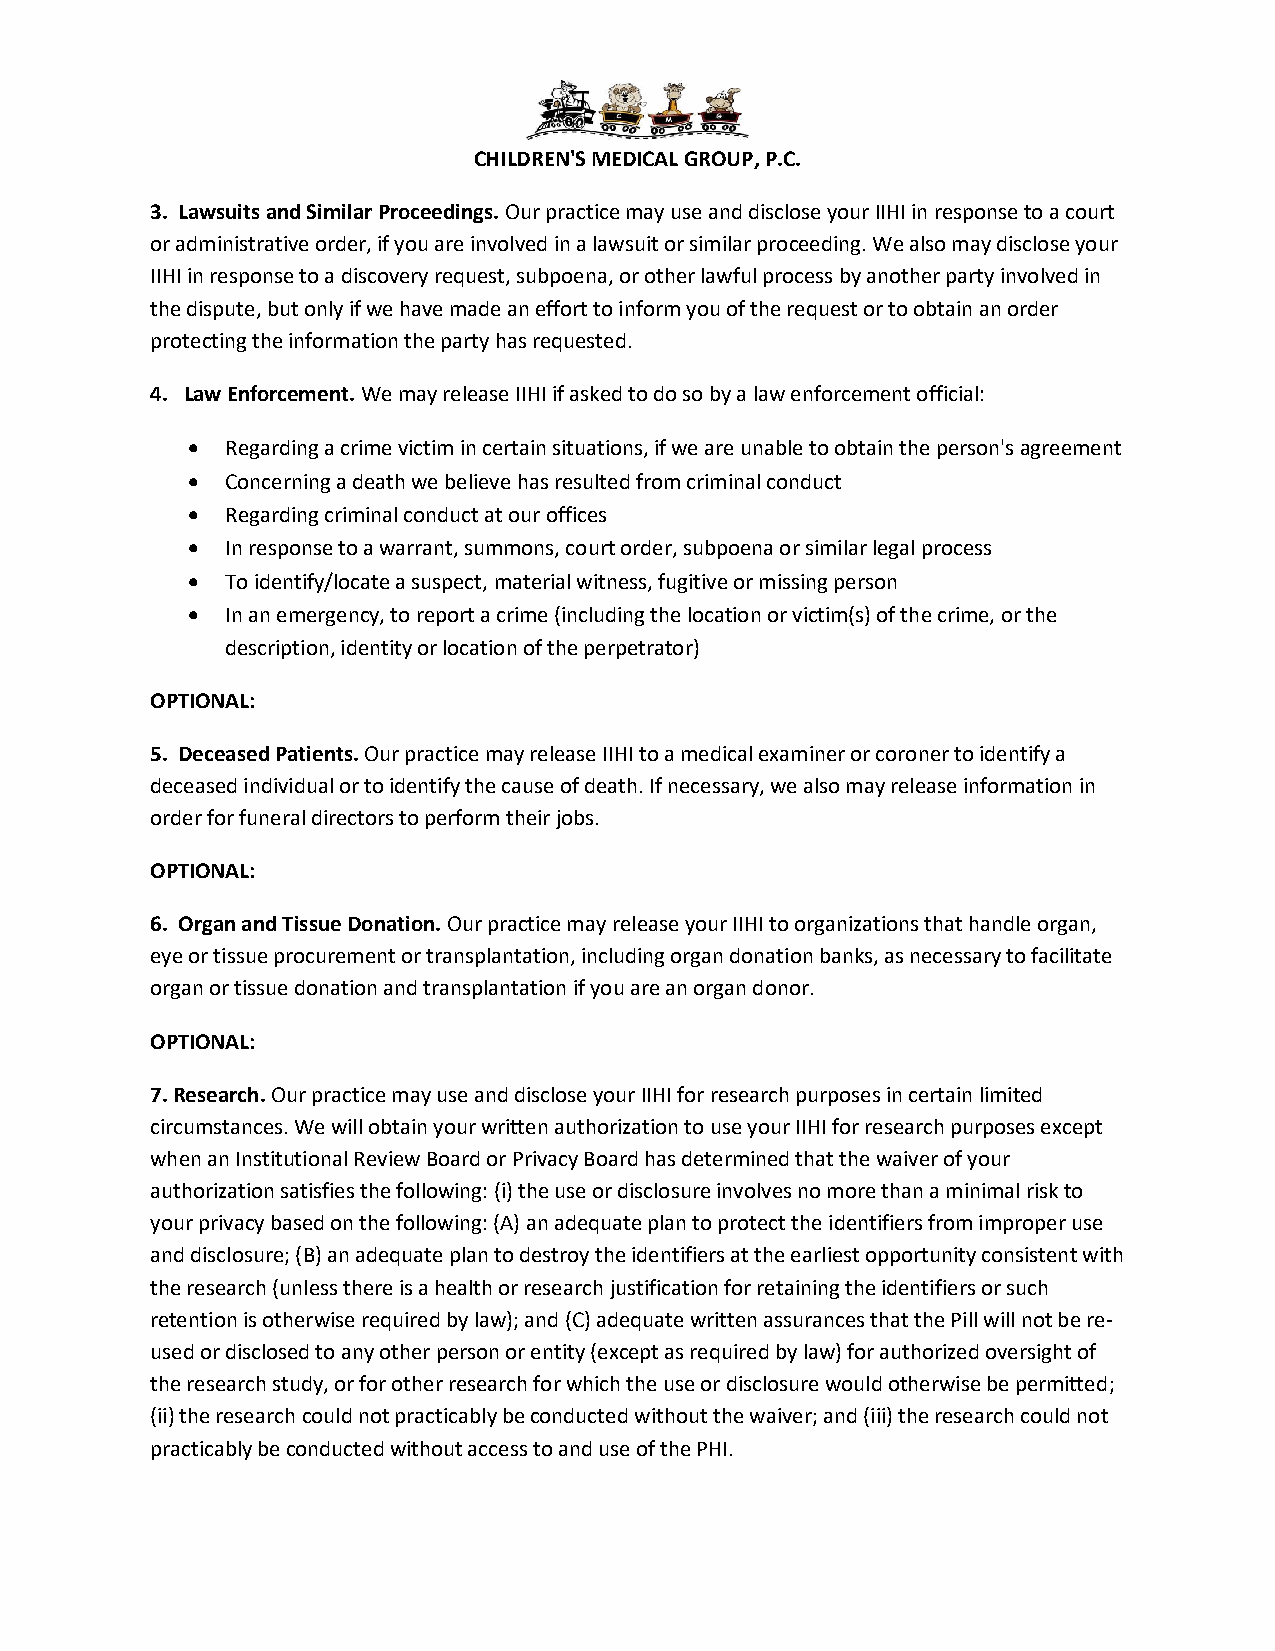
CHILDREN'S MEDICAL GROUP, P.C.
 3. Lawsuits and Similar Proceedings. Our practice may use and disclose your IIHI in response to a court
 or administrative order, if you are involved in a lawsuit or similar proceeding. We also may disclose your
 IIHI in response to a discovery request, subpoena, or other lawful process by another party involved in
 the dispute, but only if we have made an effort to inform you of the request or to obtain an order
 protecting the information the party has requested.
 4. Law Enforcement. We may release IIHI if asked to do so by a law enforcement official:
 •  Regarding a crime victim in certain situations, if we are unable to obtain the person's agreement
 •  Concerning a death we believe has resulted from criminal conduct
 •  Regarding criminal conduct at our offices
 •  In response to a warrant, summons, court order, subpoena or similar legal process
 •  To identify/locate a suspect, material witness, fugitive or missing person
 •  In an emergency, to report a crime (including the location or victim(s) of the crime, or the
 description, identity or location of the perpetrator)
 OPTIONAL:
 5. Deceased Patients. Our practice may release IIHI to a medical examiner or coroner to identify a
 deceased individual or to identify the cause of death. If necessary, we also may release information in
 order for funeral directors to perform their jobs.
 OPTIONAL:
 6. Organ and Tissue Donation. Our practice may release your IIHI to organizations that handle organ,
 eye or tissue procurement or transplantation, including organ donation banks, as necessary to facilitate
 organ or tissue donation and transplantation if you are an organ donor.
 OPTIONAL:
 7. Research. Our practice may use and disclose your IIHI for research purposes in certain limited
 circumstances. We will obtain your written authorization to use your IIHI for research purposes except
 when an Institutional Review Board or Privacy Board has determined that the waiver of your
 authorization satisfies the following: (i) the use or disclosure involves no more than a minimal risk to
 your privacy based on the following: (A) an adequate plan to protect the identifiers from improper use
 and disclosure; (B) an adequate plan to destroy the identifiers at the earliest opportunity consistent with
 the research (unless there is a health or research justification for retaining the identifiers or such
 retention is otherwise required by law); and (C) adequate written assurances that the Pill will not be re-
 used or disclosed to any other person or entity (except as required by law) for authorized oversight of
 the research study, or for other research for which the use or disclosure would otherwise be permitted;
 (ii) the research could not practicably be conducted without the waiver; and (iii) the research could not
 practicably be conducted without access to and use of the PHI.